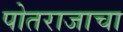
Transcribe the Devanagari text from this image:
पोतराजाचा